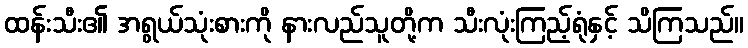
ထန်းသီး၏ အရွယ်သုံးစားကို နားလည်သူတို့က သီးလုံးကြည့်ရုံနှင့် သိကြသည်။